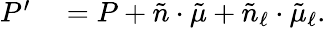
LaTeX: \begin{array}{rl}{P^{\prime}}&{{}=P+\tilde{n}\cdot\tilde{\mu}+\tilde{n}_{\ell}\cdot\tilde{\mu}_{\ell}.}\end{array}